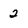
Character: 2